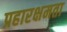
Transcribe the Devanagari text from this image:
प्रहारक्षमता